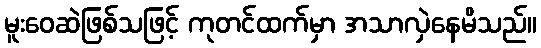
မူးဝေဆဲဖြစ်သဖြင့် ကုတင်ထက်မှာ အသာလှဲနေမိသည်။